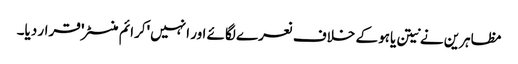
مظاہرین نے نیتن یاہو کے خلاف نعرے لگائے اور انہیں 'کرائم منسٹر' قرار دیا۔